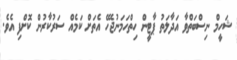
ޝަހީމް ނިސްބަތްވާ އަދާލަތު ޕާޓީން ހިތްހަމަނުޖެހޭ އެތަށް ކަމެއް ސަރުކާރުން ކޮށްފި އެވެ.